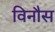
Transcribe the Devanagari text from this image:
विनौस